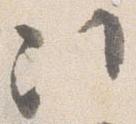
次